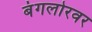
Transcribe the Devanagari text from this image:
बंगलोरवर